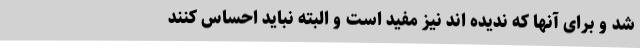
شد و برای آنها که ندیده اند نیز مفید است و البته نباید احساس کنند